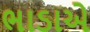
ભાડાએ